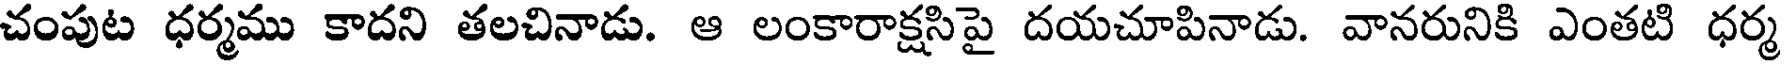
చంపుట ధర్మము కాదని తలచినాడు. ఆ లంకారాక్షసిపై దయచూపినాడు. వానరునికి ఎంతటి ధర్మ